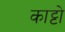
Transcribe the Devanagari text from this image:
काट्टो